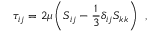
\tau _ { i j } = 2 \mu \left( S _ { i j } - \frac { 1 } { 3 } \delta _ { i j } S _ { k k } \right) \, \mathrm { ~ , ~ }